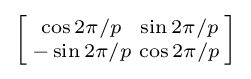
\left[{\begin{smallmatrix}\cos 2\pi /p&\sin 2\pi /p\\-\sin 2\pi /p&\cos 2\pi /p\\\end{smallmatrix}}\right]